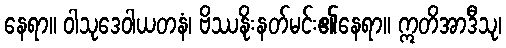
နေရာ။ ဝါသုဒေဝါယတနံ၊ ဗိဿနိုးနတ်မင်း၏နေရာ။ ဣတိအာဒီသု၊